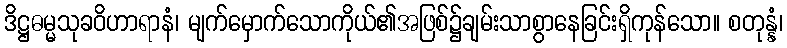
ဒိဋ္ဌဓမ္မသုခဝိဟာရာနံ၊ မျက်မှောက်သောကိုယ်၏အဖြစ်၌ချမ်းသာစွာနေခြင်းရှိကုန်သော။ စတုန္နံ၊